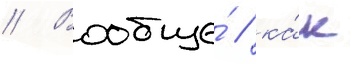
// Вообще́ / ка́к